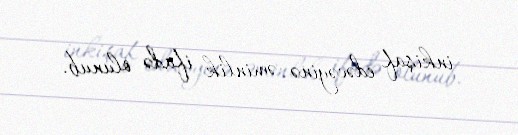
inkişaf edəcəyinə əminlik ifadə olunub.